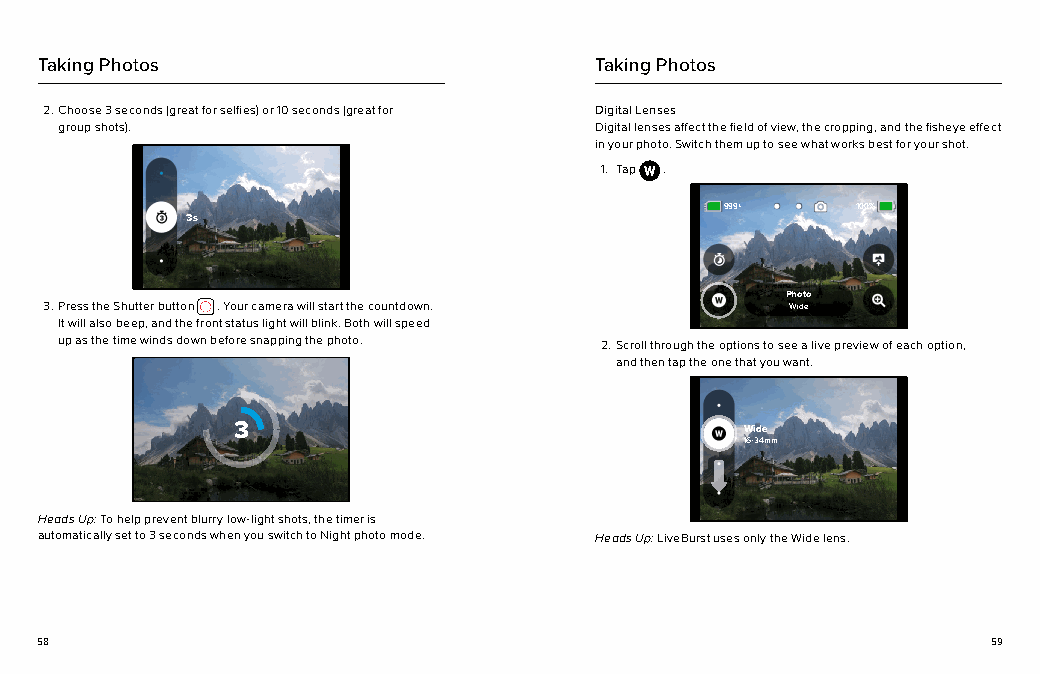
Taking Photos                        Taking Photos
 2. Choose 3 seconds (great for selfies) or 10 seconds (great for Digital Lenses
 group shots).                      Digital lenses affect the field of view, the cropping, and the fisheye effect
 in your photo. Switch them up to see what works best for your shot.
 1. Tap .
 999+ 100% 100%
 3s
 Photo
 3. Press the Shutter button . Your camera will start the countdown. Wide
 It will also beep, and the front status light will blink. Both will speed
 up as the time winds down before snapping the photo. 2. Scroll through the options to see a live preview of each option,
 and then tap the one that you want.
 3                                 Wide
 16-34mm
 Heads Up: To help prevent blurry low-light shots, the timer is
 automatically set to 3 seconds when you switch to Night photo mode. Heads Up: LiveBurst uses only the Wide lens.
 58                                                              59